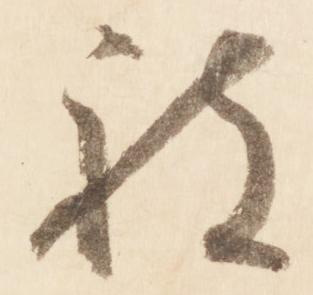
被